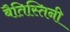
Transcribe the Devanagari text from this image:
बैतिस्तिनी